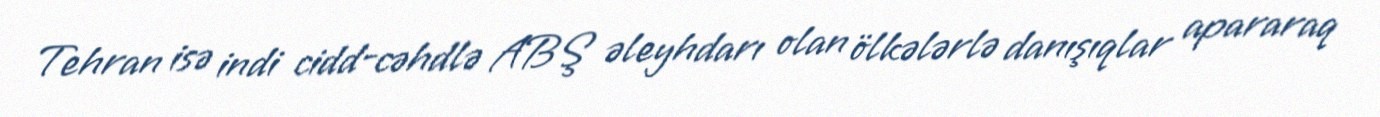
Tehran isə indi cidd-cəhdlə ABŞ əleyhdarı olan ölkələrlə danışıqlar apararaq